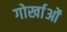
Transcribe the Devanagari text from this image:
गोर्खाओं